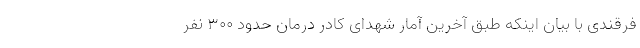
فرقندی با بیان اینکه طبق آخرین آمار شهدای کادر درمان حدود ۳۰۰ نفر